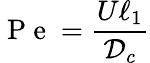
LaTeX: \mathrm{~P~e~}=\frac{U\ell_{1}}{{\mathcal{D}}_{c}}